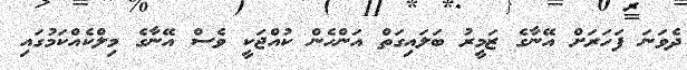
ދެވަނަ ފަހަރަށް އޭނާގެ ޒަމީރު ބަލައިގަތް އަންހެން ކުއްޖަކީ ވެސް އޭނާގެ މިލްކެއްކަމުގައި